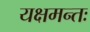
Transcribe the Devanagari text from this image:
यक्षमन्तः